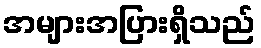
အများအပြားရှိသည်